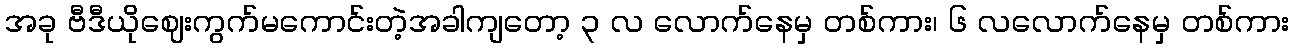
အခု ဗီဒီယိုဈေးကွက်မကောင်းတဲ့အခါကျတော့ ၃ လ လောက်နေမှ တစ်ကား၊ ၆ လလောက်နေမှ တစ်ကား